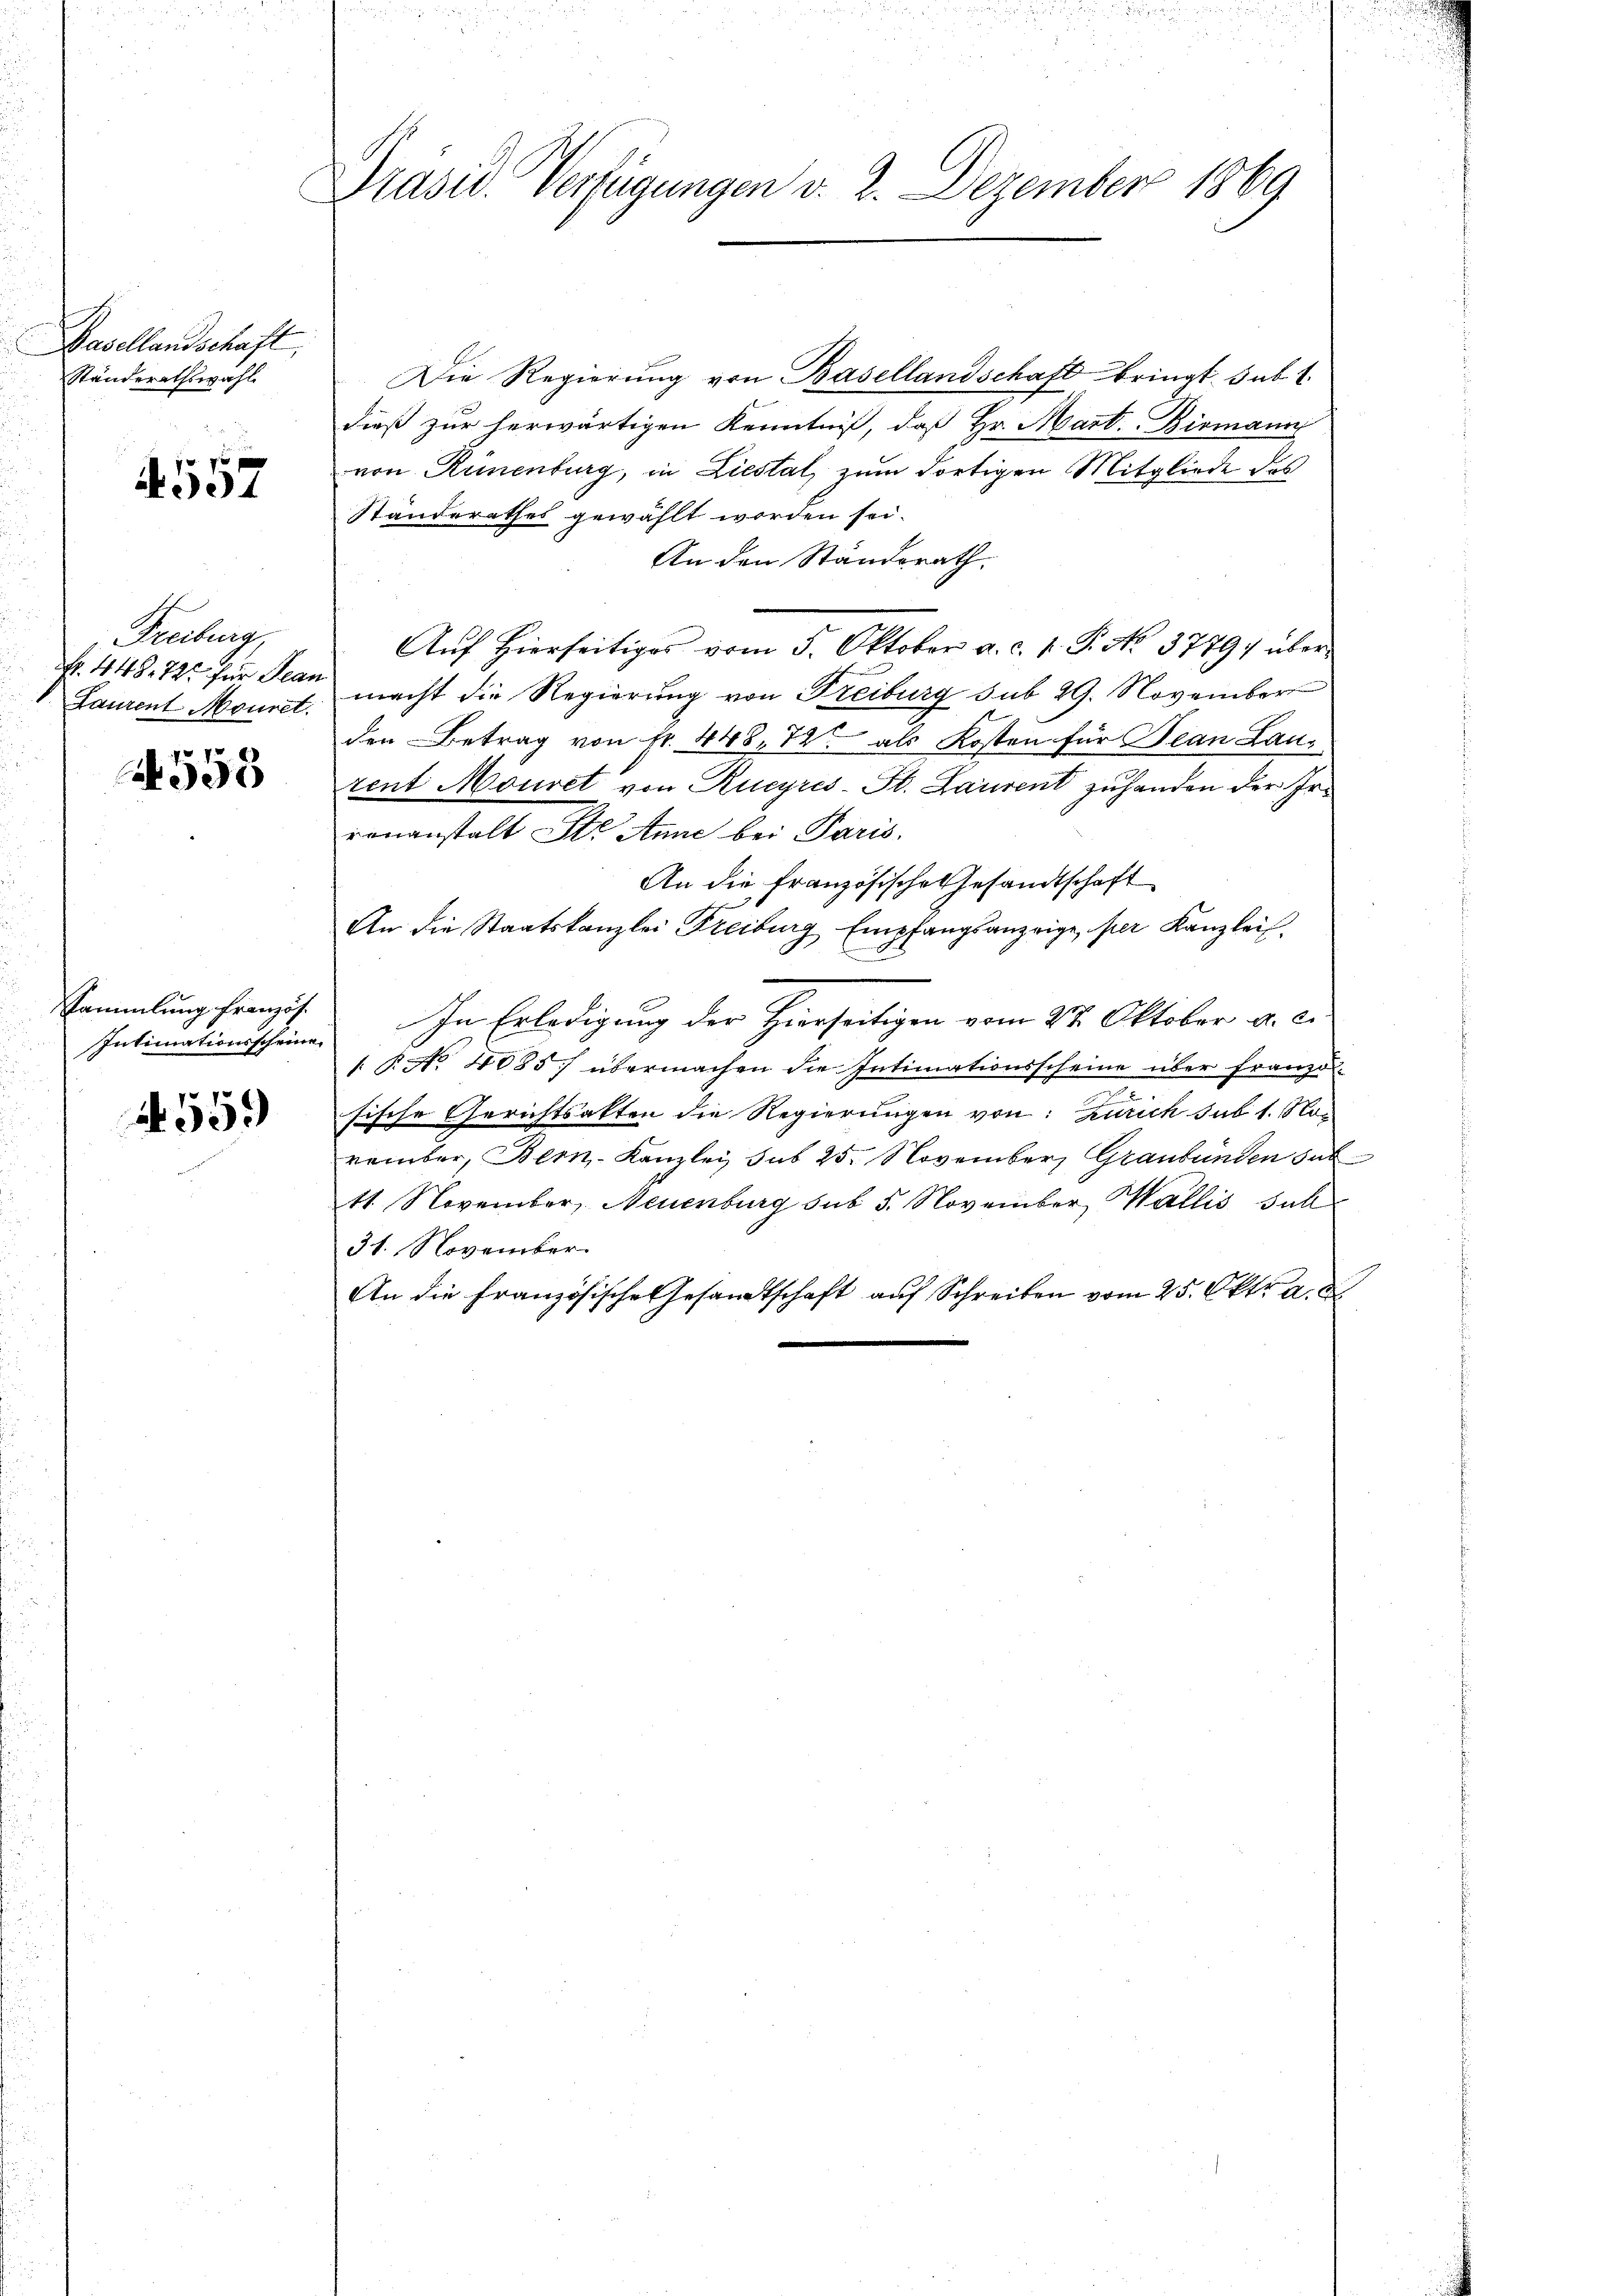
Basellandschaft,
Ständerathswahl

4557

Freiburg,
Laurent Mouret.

4558

Sammlung französ.
Intimationsscheine

559

Präsid. Verfügungen v. 2. Dezember 1869

Die Regierŭng von Basellandschaft bringt sub. 1
dieß zur herwärtigen Kenntniß, daß Hr. Mart. Bismann
von Rünenburg, in Liestat, zum dortigen Mitgliede des
Ständerathes gewählt worden sei.
An den Standerath.
Auf Hierseitiges vom 5. Oktober a. c. p. T. No. 3779/ über
f. 448. 72. für Jean macht die Regierŭng von Freiburg sub 29. November
den Betrag von fr. 448, 72 als Kosten für Bean Laurent Mouret von Rueyres-St. Laurent zuhanden der Irrenanstalt St. Anne bei Paris.
An die Französische Gesandtschaft
An die Staatskanzlei Freiburg Empfangsanzeige, per Kanzleis
In Erledigung der Hierseitigen vom 27. Oktober a. c.
 P. No 4085 übermachen die Intimationsscheine über Franzol-
.
sische Gerichtsakten die Regierungen von: Zürich sub 1. November, Bern-Kanzlei, sub 25. November, Graubünden sub
11. November, Neuenburg sub 5. November, Wallis sull
31. November.
An die französische Gesandtschaft auf Schreiben vom 25. Oktr. a. d